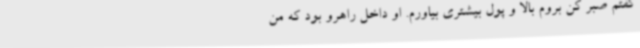
گفتم صبر کن بروم بالا و پول بیشتری بیاورم. او داخل راهرو بود که من